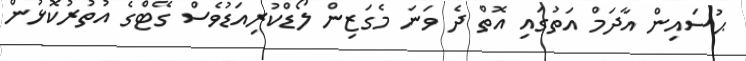
ޙުސައިން އާދަމް އަތުގައި އޮތް ދެ ވަނަ މެގަޒިން ލޯޑްކުރިއަޑުވެސް ގޭޓްގެ އުތުރުކޮޅުން